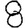
Digit: 8